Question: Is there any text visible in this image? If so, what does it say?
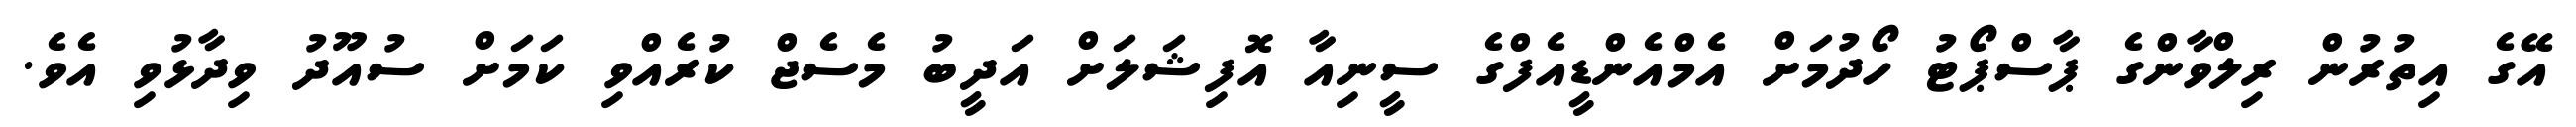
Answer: އޭގެ އިތުރުން ރިލްވާންގެ ޕާސްޕޯޓު ހޯދުމަށް އެމްއެންޑީއެފްގެ ސީނިއާ އޮފިޝަލަށް އަދީބު މެސެޖް ކުރެއްވި ކަމަށް ސުއޫދު ވިދާޅުވި އެވެ.